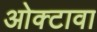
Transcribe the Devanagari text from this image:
ओक्टावा